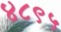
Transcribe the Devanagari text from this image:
४८९५